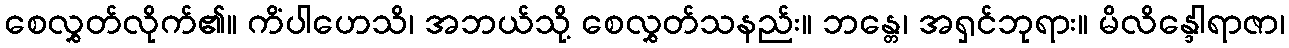
စေလွှတ်လိုက်၏။ ကိံပါဟေသိ၊ အဘယ်သို့ စေလွှတ်သနည်း။ ဘန္တေ၊ အရှင်ဘုရား။ မိလိန္ဒေါရာဇာ၊